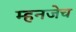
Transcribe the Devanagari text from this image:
म्हनजेच